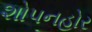
શોપનહોર